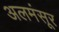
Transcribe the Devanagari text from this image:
अलमंसूर